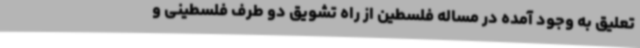
تعلیق به وجود آمده در مساله فلسطین از راه تشویق دو طرف فلسطینی و